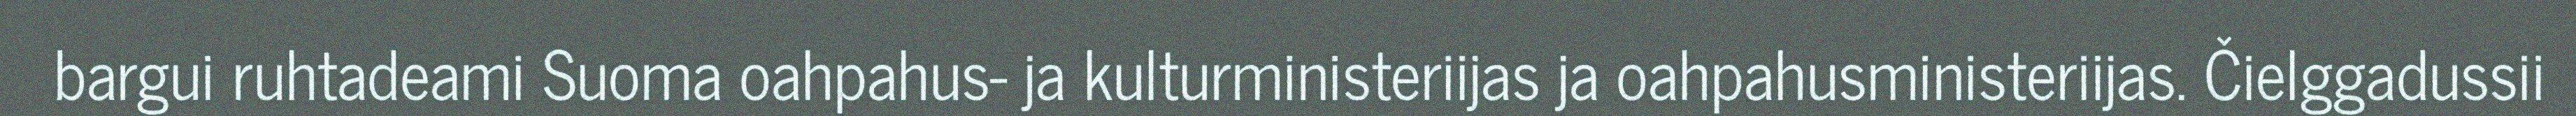
bargui ruhtadeami Suoma oahpahus- ja kulturministeriijas ja oahpahusministeriijas. Čielggadussii